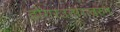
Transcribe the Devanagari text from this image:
डोंगरउतारावरुन